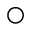
\bigcirc